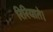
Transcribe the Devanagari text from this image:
रिरियाते।